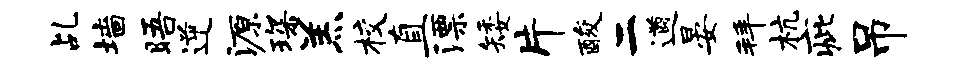
乩墙晤逆源琛羔校直漂矮片酸二遒晏拜杭疵吊